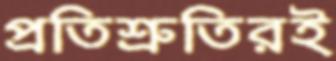
প্রতিশ্রুতিরই